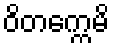
ဝိတက္ကေမိ